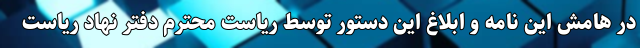
در هامش این نامه و ابلاغ این دستور توسط ریاست محترم دفتر نهاد ریاست